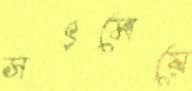
সৎমেয়ে